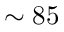
\sim 8 5